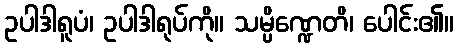
ဥပါဒါရူပံ၊ ဥပါဒါရုပ်ကို။ သမ္ပိဏ္ဍေတိ၊ ပေါင်း၏။